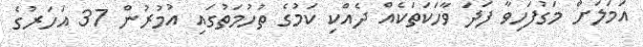
އަމަލަށް މަގުފަހިވާ ފަދަ ވާހަކަތަކެއް ދެއްކި ކަމުގެ ތުހުމަތުގައި އުމުރުން 37 އަހަރުގެ